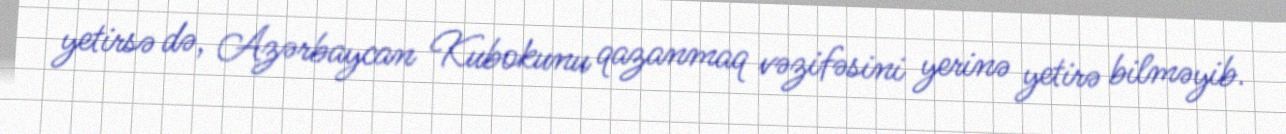
yetirsə də, Azərbaycan Kubokunu qazanmaq vəzifəsini yerinə yetirə bilməyib.